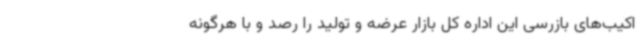
اکیب‌های بازرسی این اداره کل بازار عرضه و تولید را رصد و با هرگونه